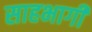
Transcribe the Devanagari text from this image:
साहभागी